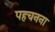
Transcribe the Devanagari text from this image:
पहचनना